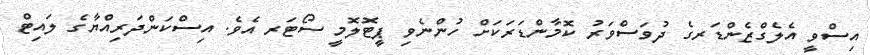
އިސްވީ އެލެގްޒެންޑަރގެ ދުވަސްވަރު ކޮމާންޑަރަކަށް ހުންނެވި ޕީޓޮލޮމީ ސޯޓަރ އެވެ. އިސްކަންދަރިއްޔާގެ ލައިޓް